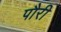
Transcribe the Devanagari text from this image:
पौरी